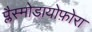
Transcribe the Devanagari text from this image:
प्लैस्मोडायोफ़ोरा